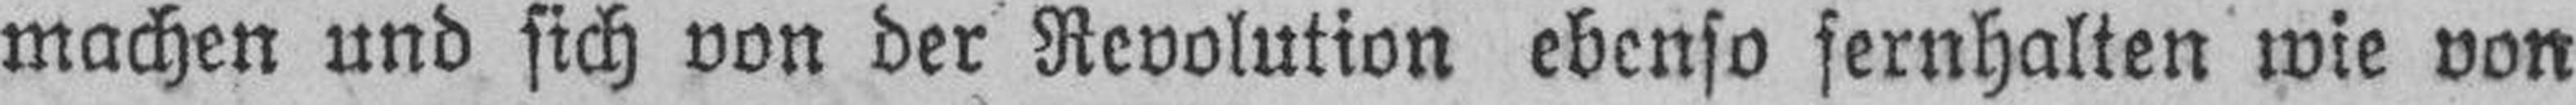
machen und sich von der Revolution ebenso fernhalten wie von